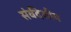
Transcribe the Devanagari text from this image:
संर्वदेशीय